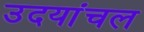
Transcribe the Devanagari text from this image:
उदयांचल